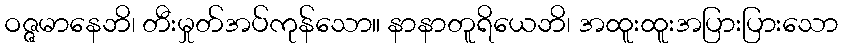
ဝဇ္ဇမာနေဘိ၊ တီးမှုတ်အပ်ကုန်သော။ နာနာတူရိယေဘိ၊ အထူးထူးအပြားပြားသော